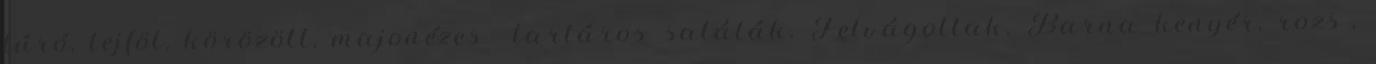
túró, tejföl, körözött, majonézes tartáros saláták. Felvágottak. Barna kenyér, rozs-,